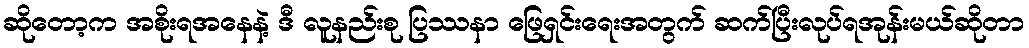
ဆိုတော့က အစိုးရအနေနဲ့ ဒီ လူနည်းစု ပြဿနာ ဖြေရှင်းရေးအတွက် ဆက်ပြီးလုပ်ရအုန်းမယ်ဆိုတာ